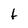
Character: t